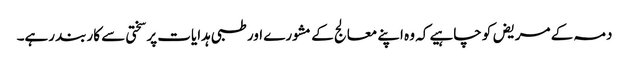
دمہ کے مریض کو چاہیے کہ وہ اپنے معالج کے مشورے اور طبی ہدایات پر سختی سے کاربند رہے۔